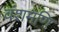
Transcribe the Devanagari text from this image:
वंशमणि